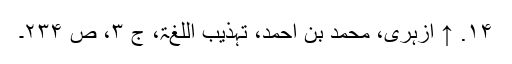
۱۴. ↑ ازہری، محمد بن احمد، تہذیب اللغۃ، ج ۳، ص ۲۳۴۔